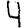
Digit: 4